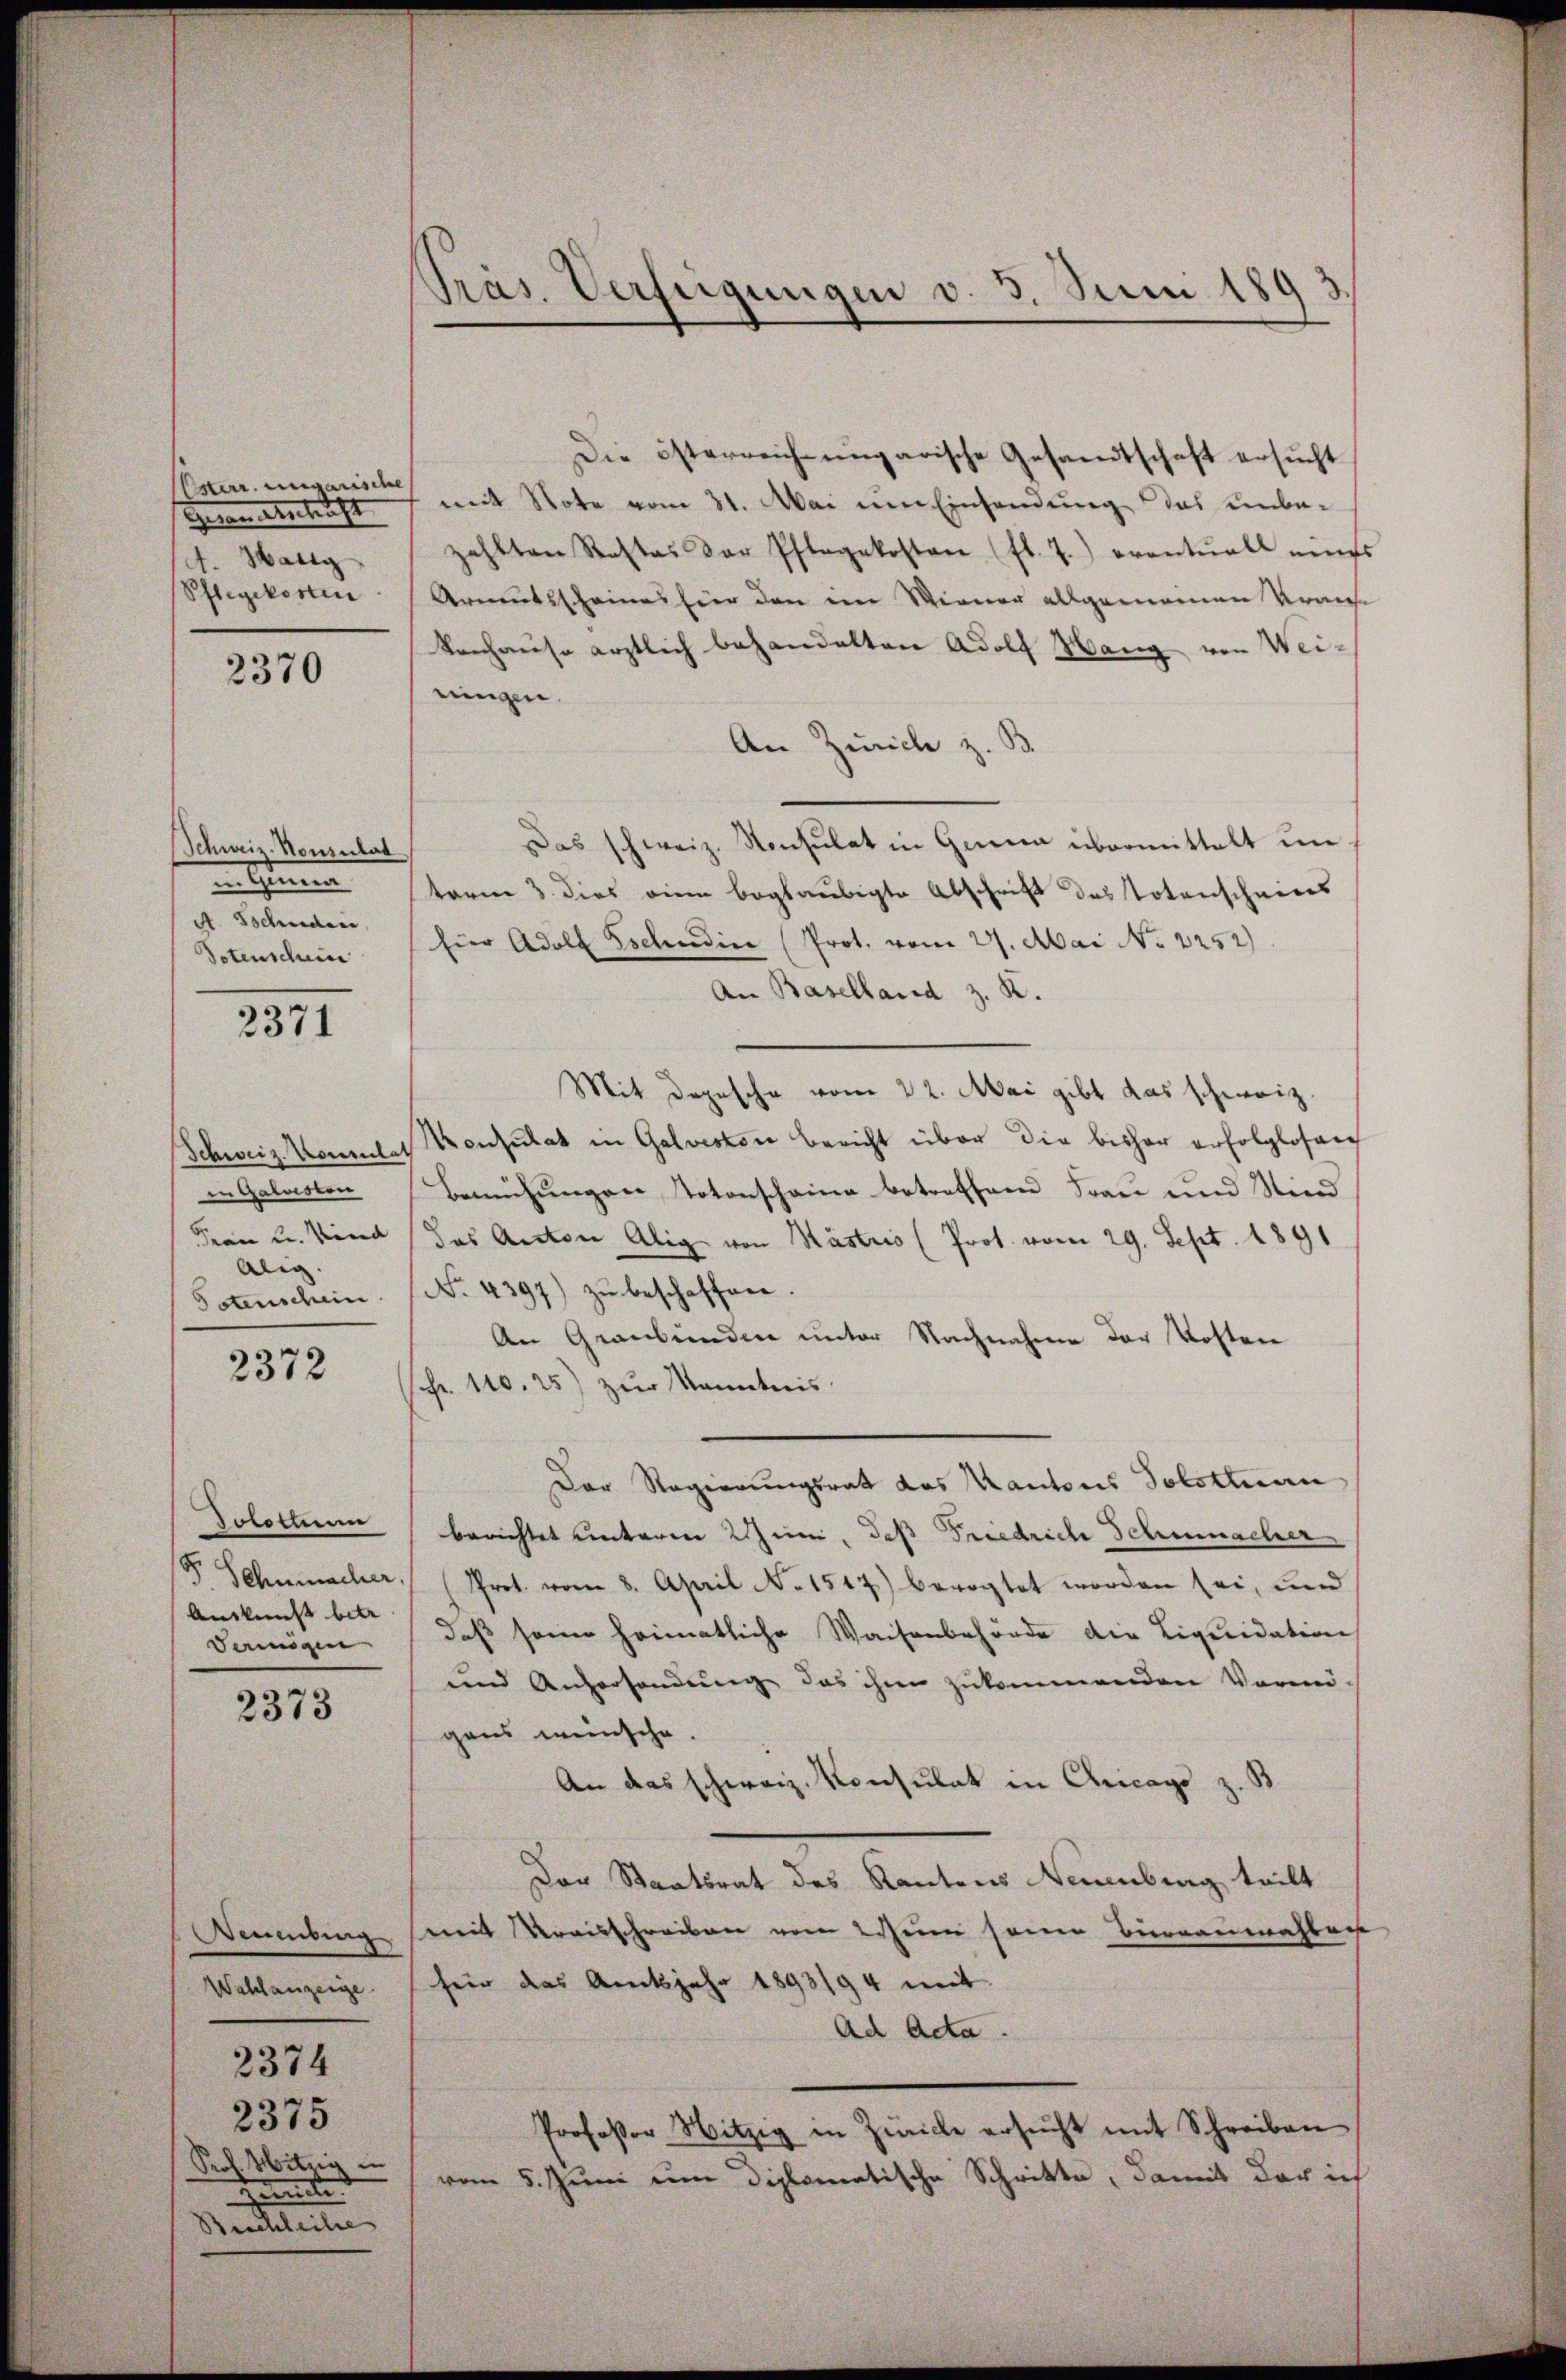
Usterr. ungarische
Herrn Anleiht
t. Wallg
Pflegekosten

2370

Schweiz. Nonsulat
in immen
A. Schaden,
Totenschein

2371

Schweiz. Konsulat
in Galuston
Frau u. Kind
Alig.
Potenschein

2372

8
Jototum
F. Schmacher,
Auskunft betr
Vermögen

2373

Weumbung
Wahlanzeige
2375
Pool Hitzig in
de
Beschleihe

2374

Präs. Verfügungen v. 3. Juni 1893

Die österreich ungarische Gesandtschaft ersucht
mit Note vom 31. Mai um Einsendung das unbe-
zahlten Rastas der Pflegekosten (fl. 7) eventuell miss
Armutsscheines hier den ein Wiener allgemeinen Krauhe
Venhause ärztlich behandelten Adolf Hang von Weiningen.
An Zürich z. B.
Das schweiz. Konsulat in Genua übermittelt im
tarne 3. dies eine beglaubigte Abschrift des Totenscheines
fier Adolf Eschendin (Prot. vom 27. Mai No 1252).
An Baselland z. R.
Mit Depesche vom 22. Mai gibt das schweiz.
Konsulat in Galveston Bericht über die bisher erfolglosarch
Bemühungen Totenscheine betreffend Frau und Kind
das Anton Alig von Kästris (Prot. vom 29. Sept. 1891
No. 4397) zu beschaffen.
An Graubünden unter Nachnahme der Kosten
shr. 110. 25) zur Kenntnis
Der Regierungsrat das Kantons Tolstan
berichtet unterm Sinn, daß Friedrich Schumacher
Prot. vom 8. April N. 1517) bevogtet worden sei, und
daß seine heimatliche Waisenbehörde die Liquidation
und Andersendung das ihren zukommenden Vormi-
gens wünsche.
An das schweiz. Konsulat in Chicago z. B.
Der Staatsrat des Rantons Neuenburg teilt
mit Kreisschreiben von Wein seine Büreaumahlen
heir das Amtsjahr 1893/94 mit
Ad Acta.
Professor Witzig in Zürich ersŭcht mit Schreiben
vom 5. Juni eine diplomatische Schritte, damit der ich